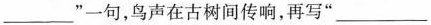
___”一句，鸟声在古树间传响，再写”___